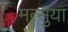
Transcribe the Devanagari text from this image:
मत्सुया